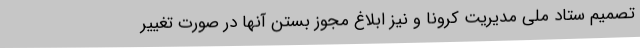
تصمیم ستاد ملی مدیریت کرونا و نیز ابلاغ مجوز بستن آنها در صورت تغییر